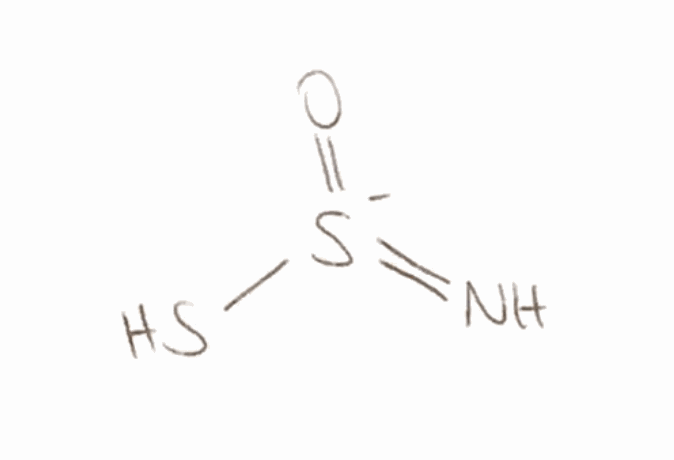
Simplified molecular-input line-entry system (SMILES) notation of the given molecule:
N=[S-](=O)S